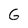
Character: G